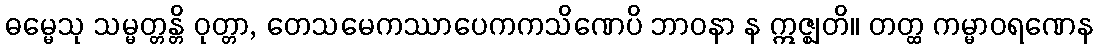
ဓမ္မေသု သမ္မတ္တန္တိ ဝုတ္တာ, တေသမေကဿာပေကကသိဏေပိ ဘာဝနာ န ဣဇ္ဈတိ။ တတ္ထ ကမ္မာဝရဏေန